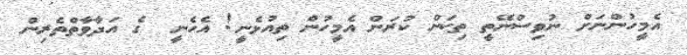
އެމީހުންނަށް ނުވިސްނޭތީ ތިކަން ކުރަން އެމީހުން ތިއުޅެނީ! އެހެނީ  ގެ އަދާވާތްތެރިން